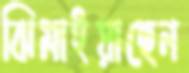
ঝিমাইয়াছেন